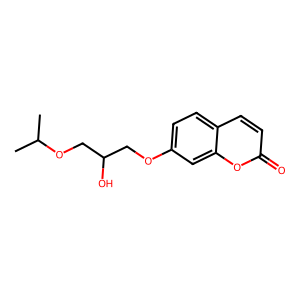
SMILES: CC(C)OCC(O)COc1ccc2ccc(=O)oc2c1
Inhibits HIV replication: No